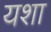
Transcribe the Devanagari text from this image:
यशा